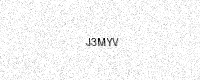
Text: J3MYV